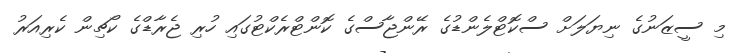
މި ސީޒަނުގެ ނިޔަލަށް ސްކޮޓްލެންޑުގެ ރޭންޖާސްގެ ކޮންޓްރެކްޓުގައި ހުރި ޖެރާޑްގެ ކޯޗިން ކެރިއަރު